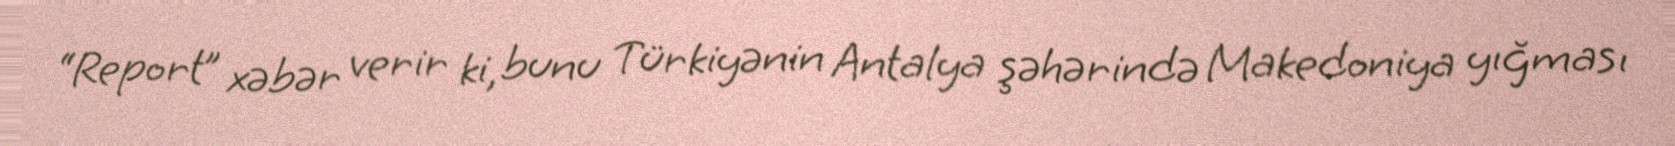
“Report” xəbər verir ki, bunu Türkiyənin Antalya şəhərində Makedoniya yığması